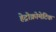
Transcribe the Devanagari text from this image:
हेट्रोक्रोमेटिक